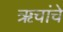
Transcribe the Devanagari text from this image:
ॠचांचे